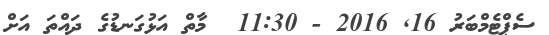
ސެޕްޓެމްބަރު 16